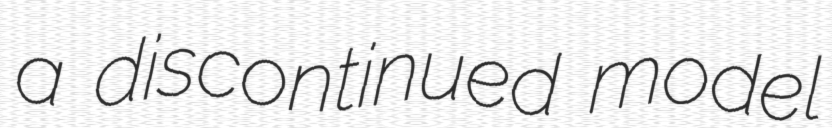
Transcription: a discontinued model